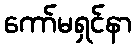
ကော်မရှင်နာ